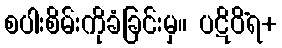
စပါးစိမ်းကိုခံခြင်းမှ။ ပဋိဝိံရ+